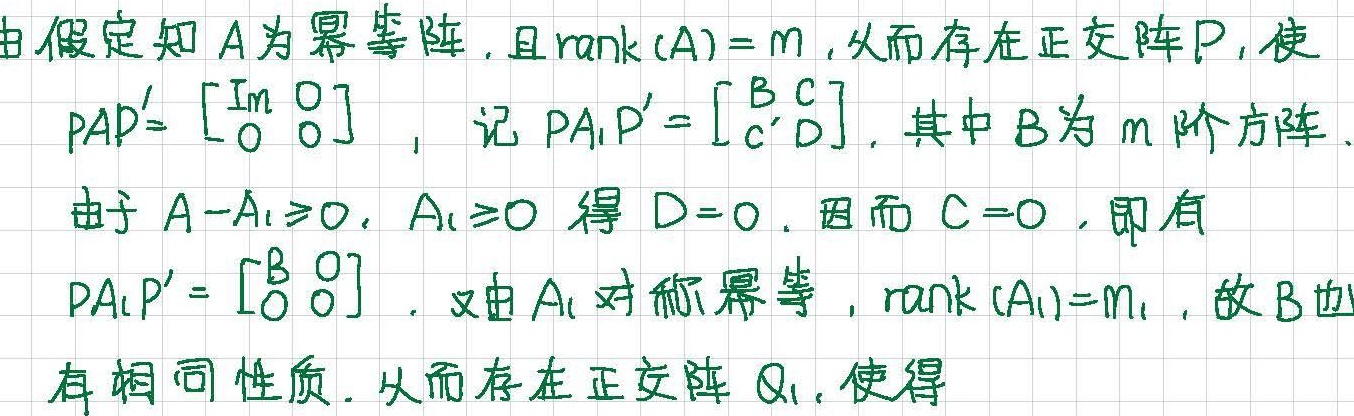
由假定知 $A$ 为幂等阵，且 $\mathrm{rank}(A)=m$，从而存在正交阵 $P$，使
$PAP'=\begin{bmatrix}I_m & 0 \\ 0 & 0\end{bmatrix}$，记 $PA_1P'=\begin{bmatrix}B & C \\ C' & D\end{bmatrix}$，其中 $B$ 为 $m$ 阶方阵.
由于 $A - A_1\geq0$，$A_1\geq0$ 得 $D = 0$. 因而 $C = 0$，即有
$PA_1P'=\begin{bmatrix}B & 0 \\ 0 & 0\end{bmatrix}$. 又由 $A_1$ 对称幂等，$\mathrm{rank}(A_1)=m_1$，故 $B$ 也
有相同性质. 从而存在正交阵 $Q_1$，使得